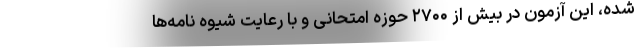
شده، این آزمون در بیش از ۲۷۰۰ حوزه امتحانی و با رعایت شیوه نامه‌ها